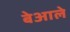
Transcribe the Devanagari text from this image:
बेआले